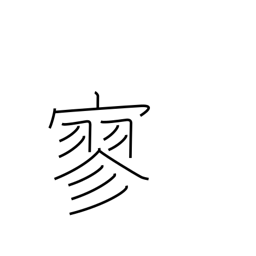
Meaning: lonely